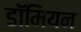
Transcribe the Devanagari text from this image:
डॉमियन